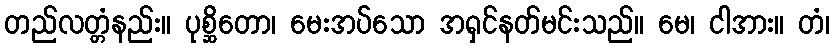
တည်လတ္တံနည်း။ ပုစ္ဆိတော၊ မေးအပ်သော အရှင်နတ်မင်းသည်။ မေ၊ ငါအား။ တံ၊